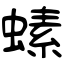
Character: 螦